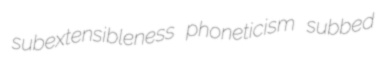
subextensibleness phoneticism subbed